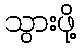
သွားဖို့